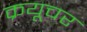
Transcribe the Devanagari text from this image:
क्रयूचर